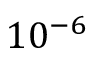
1 0 ^ { - 6 }